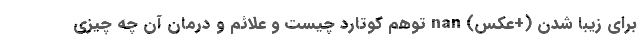
برای زیبا شدن (+عکس) nan توهم کوتارد چیست و علائم و درمان آن چه چیزی